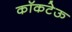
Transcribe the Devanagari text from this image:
कॉकटेऊ